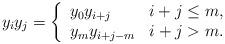
LaTeX: \begin{align*}y_i y_j = \left\{\begin{array}{lr}y_0 y_{i+j} & i + j \leq m, \\y_m y_{i+j-m} & i + j > m.\end{array}\right.\end{align*}